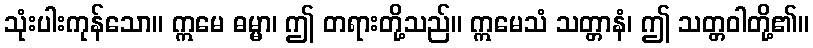
သုံးပါးကုန်သော။ ဣမေ ဓမ္မာ၊ ဤ တရားတို့သည်။ ဣမေသံ သတ္တာနံ၊ ဤ သတ္တဝါတို့၏။